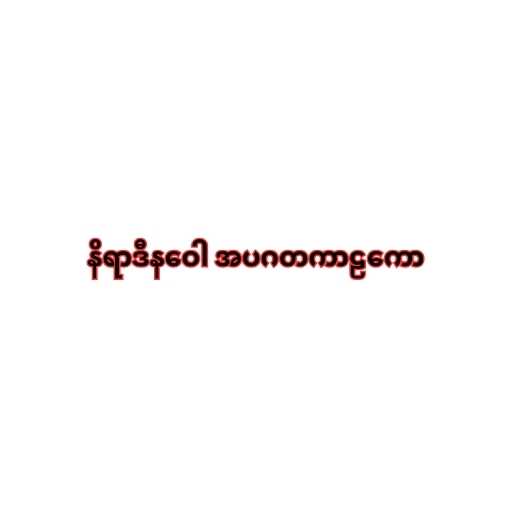
နိရာဒီနဝေါ အပဂတကာဠကော